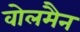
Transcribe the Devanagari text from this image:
वोलमैन